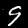
Digit: 9